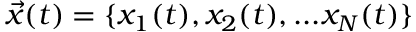
\vec { x } ( t ) = \{ x _ { 1 } ( t ) , x _ { 2 } ( t ) , . . . x _ { N } ( t ) \}